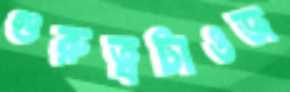
গুরুত্বটাওজ